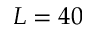
L = 4 0